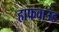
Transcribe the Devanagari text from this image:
हाफवाउंड